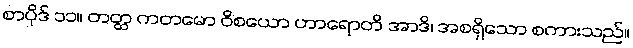
စာပိုဒ် ၁၁။ တတ္ထ ကတမော ဝိစယော ဟာရောတိ အာဒိ၊ အစရှိသော စကားသည်။